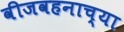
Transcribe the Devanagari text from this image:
वीजवहनाच्या